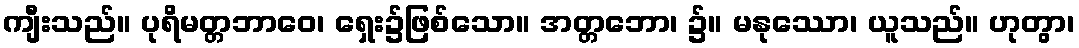
ကျီးသည်။ ပုရိမတ္တဘာဝေ၊ ရှေး၌ဖြစ်သော။ အတ္တဘော၊ ၌။ မနုဿော၊ ယူသည်။ ဟုတွာ၊